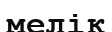
мелік